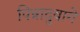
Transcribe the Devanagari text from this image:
पिन्नादुवागे